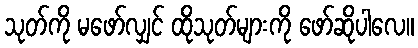
သုတ်ကို မဖော်လျှင် ထိုသုတ်များကို ဖော်ဆိုပါလေ။